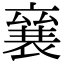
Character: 𮖠